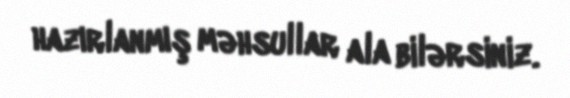
hazırlanmış məhsullar ala bilərsiniz.